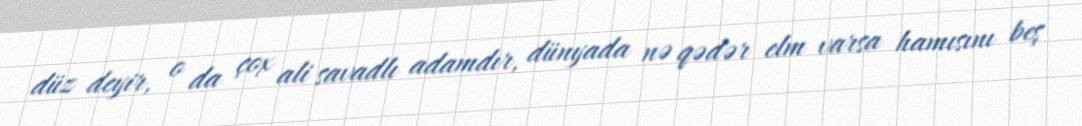
düz deyir, o da çox ali savadlı adamdır, dünyada nə qədər elm varsa hamısını beş